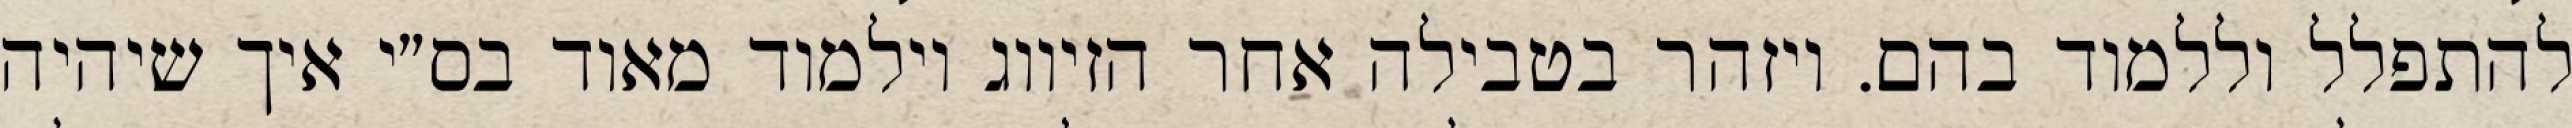
להתפלל וללמוד בהם. ויזהר בטבילה אחר הזיווג וילמוד מאוד בס״י איך שיהיה